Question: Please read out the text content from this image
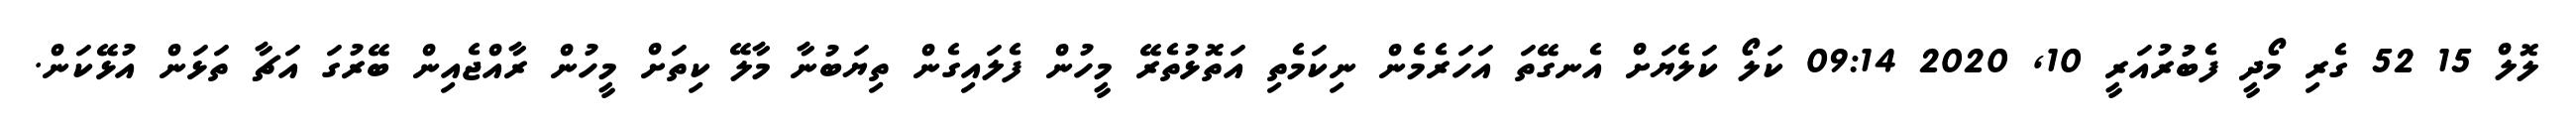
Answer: ލޮލް 15 52 ގެރި މޯދީ ފެބުރުއަރީ 10, 2020 09:14 ކަލޯ ކަލެޔަށް އެނގޭތަ އަހަރެމެން ނިކަމެތި އަތޮޅުތެރޭ މީހުން ފެލައިގެން ތިޔަބުނާ މާލޭ ކިތަށް މީހުން ރާއްޖެއިން ބޭރުގަ އަޗާ ތަޅަން އުޅޭކަން.